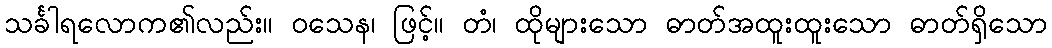
သင်္ခါရလောက၏လည်း။ ဝသေန၊ ဖြင့်။ တံ၊ ထိုများသော ဓာတ်အထူးထူးသော ဓာတ်ရှိသော